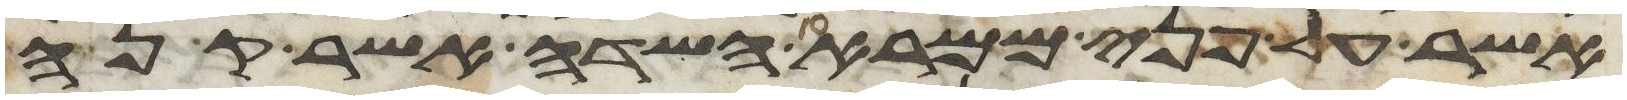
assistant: אשר על פני ממרא השדה אשר קנה